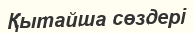
Қытайша сөздері